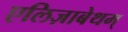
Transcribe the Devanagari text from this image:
एलिज़ाबेथम्